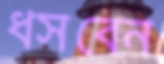
ধসবেন